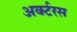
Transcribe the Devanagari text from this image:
अर्क्टरस